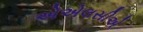
એએલસીએ